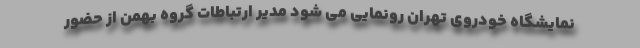
نمایشگاه خودروی تهران رونمایی می شود مدیر ارتباطات گروه بهمن از حضور